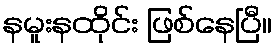
နမူးနထိုင်း ဖြစ်နေပြီ။